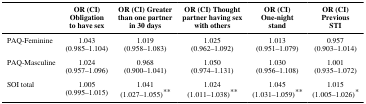
<table><thead><tr><td></td><td><b>OR (CI) Obligation to have sex</b></td><td><b>OR (CI) Greater than one partner in 30 days</b></td><td><b>OR (CI) Thought partner having sex with others</b></td><td><b>OR (CI) One-night stand</b></td><td><b>OR (CI) Previous STI</b></td></tr></thead><tbody><tr><td>PAQ-Feminine</td><td>1.043 (0.985–1.104)</td><td>1.019 (0.958–1.083)</td><td>1.025 (0.962–1.092)</td><td>1.013 (0.951–1.079)</td><td>0.957 (0.903–1.014)</td></tr><tr><td>PAQ-Masculine</td><td>1.024 (0.957–1.096)</td><td>0.968 (0.900–1.041)</td><td>1.050 (0.974–1.131)</td><td>1.030 (0.956–1.108)</td><td>1.001 (0.935–1.072)</td></tr><tr><td>SOI total</td><td>1.005 (0.995–1.015)</td><td>1.041 (1.027–1.055)**</td><td>1.024 (1.011–1.038)**</td><td>1.045 (1.031–1.059)**</td><td>1.015 (1.005–1.026)*</td></tr></tbody></table>